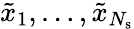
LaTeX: \tilde{x}_{1},\ldots,\tilde{x}_{N_{\mathrm{s}}}